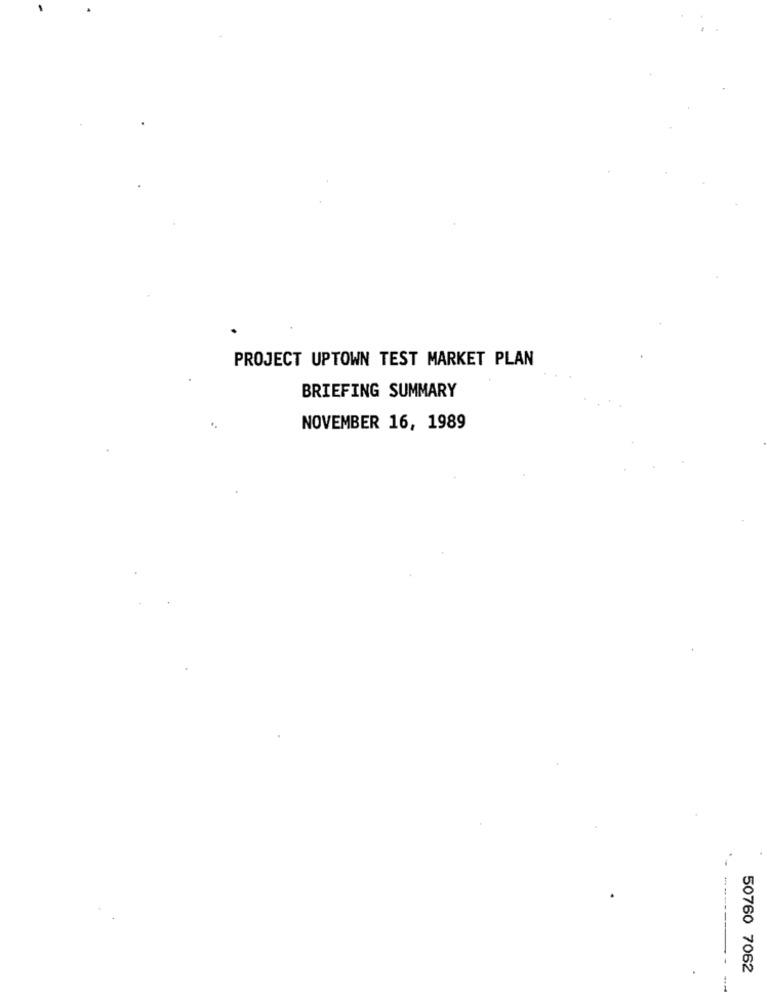
PROJECT UPTOWN TEST MARKET PLAN
BRIEFING SUMMARY
NOVEMBER 16, 1989
50760 7062